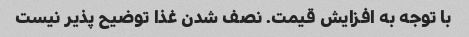
با توجه به افزایش قیمت. نصف شدن غذا توضیح پذیر نیست